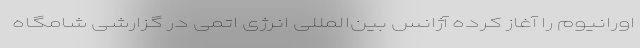
اورانیوم را آغاز کرده آژانس بین‌المللی انرژی اتمی در گزارشی شامگاه